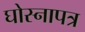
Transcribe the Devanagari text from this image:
घोस्नापत्र